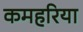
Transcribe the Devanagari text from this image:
कमहरिया